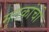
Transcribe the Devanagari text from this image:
मृतकांची